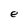
Character: e